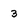
Character: 3